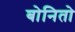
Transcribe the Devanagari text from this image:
बोनितो